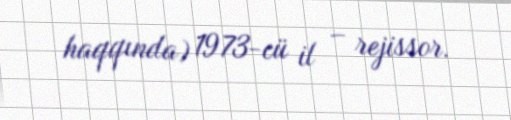
haqqında) 1973-cü il – rejissor.